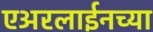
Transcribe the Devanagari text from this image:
एअरलाईनच्या